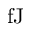
\mathrm { f J }